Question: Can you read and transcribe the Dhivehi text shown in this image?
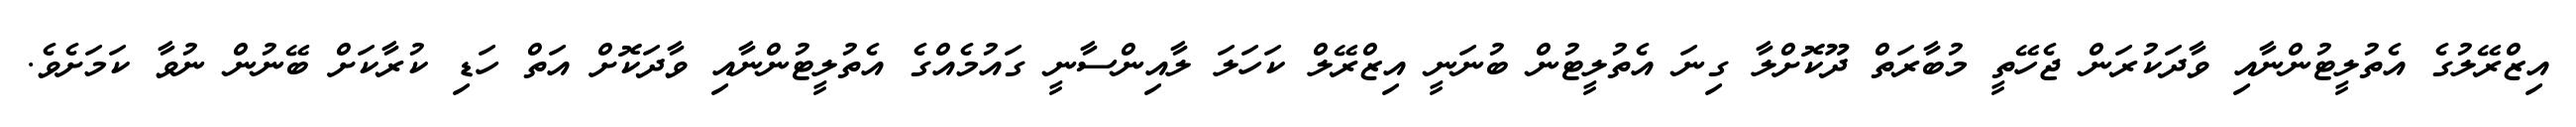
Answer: އިޒްރޭލުގެ އެތުލީޓުންނާއި ވާދަކުރަން ޖެހޭތީ މުބާރަތް ދޫކޮށްލާ ގިނަ އެތުލީޓުން ބުނަނީ އިޒްރޭލް ކަހަލަ ލާއިންސާނީ ގައުމެއްގެ އެތުލީޓުންނާއި ވާދަކޮށް އަތް ހަޑި ކުރާކަށް ބޭނުން ނުވާ ކަމަށެވެ.